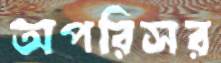
অপরিসর